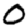
Digit: 0